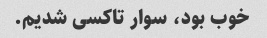
خوب بود، سوار تاکسی شدیم.